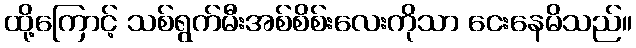
ထို့ကြောင့် သစ်ရွက်မီးအစ်စိစ်းလေးကိုသာ ငေးနေမိသည်။